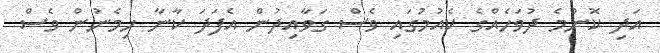
އަދި ކޮންމެ ދުވަހެއްގެ ކެއުމުގައި ވެސް ގަވާއިދުން އެފަދަ ކާނާ ހިމެނުން ވެސް